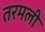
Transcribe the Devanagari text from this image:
तरमली